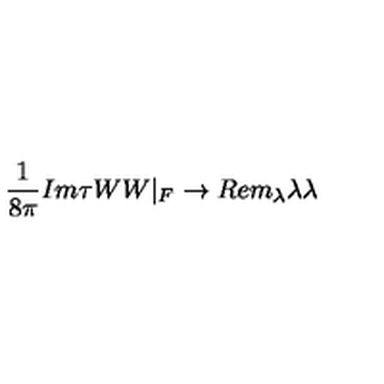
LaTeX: { \frac { 1 } { 8 \pi } } I m \tau W W | _ { F } \rightarrow R e m _ { \lambda } \lambda \lambda